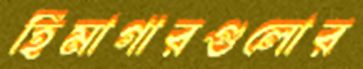
হিমাগারগুলোর